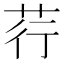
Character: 荇